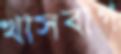
খাসবাগ